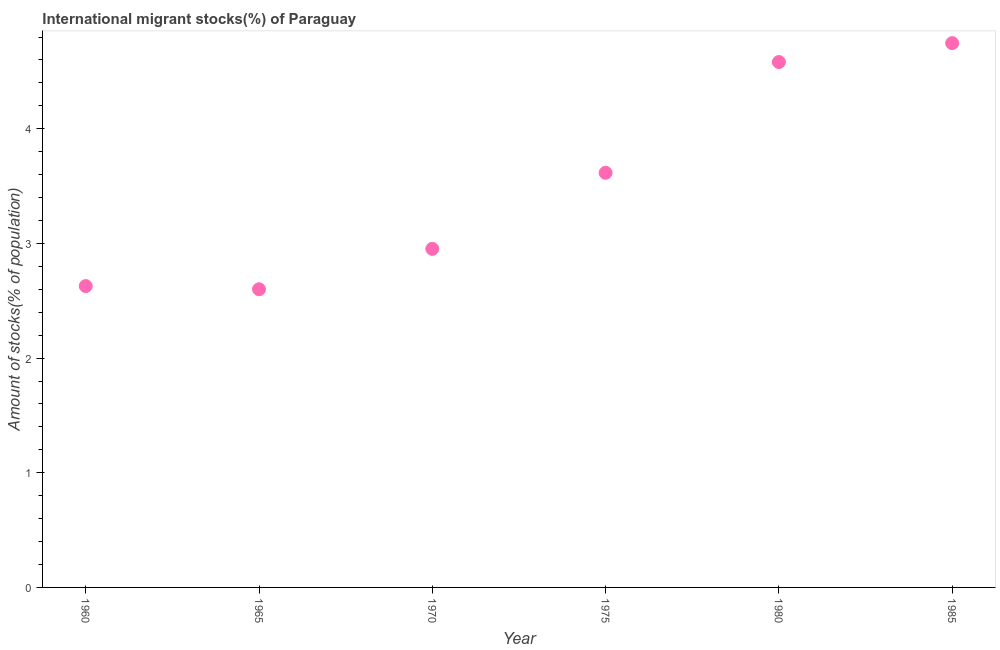
| Year | International migrant stock |
 | --- | --- |
 | 1960 | 2.63 |
 | 1965 | 2.6 |
 | 1970 | 2.95 |
 | 1975 | 3.62 |
 | 1980 | 4.58 |
 | 1985 | 4.75 |